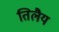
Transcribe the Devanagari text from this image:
तिलैय